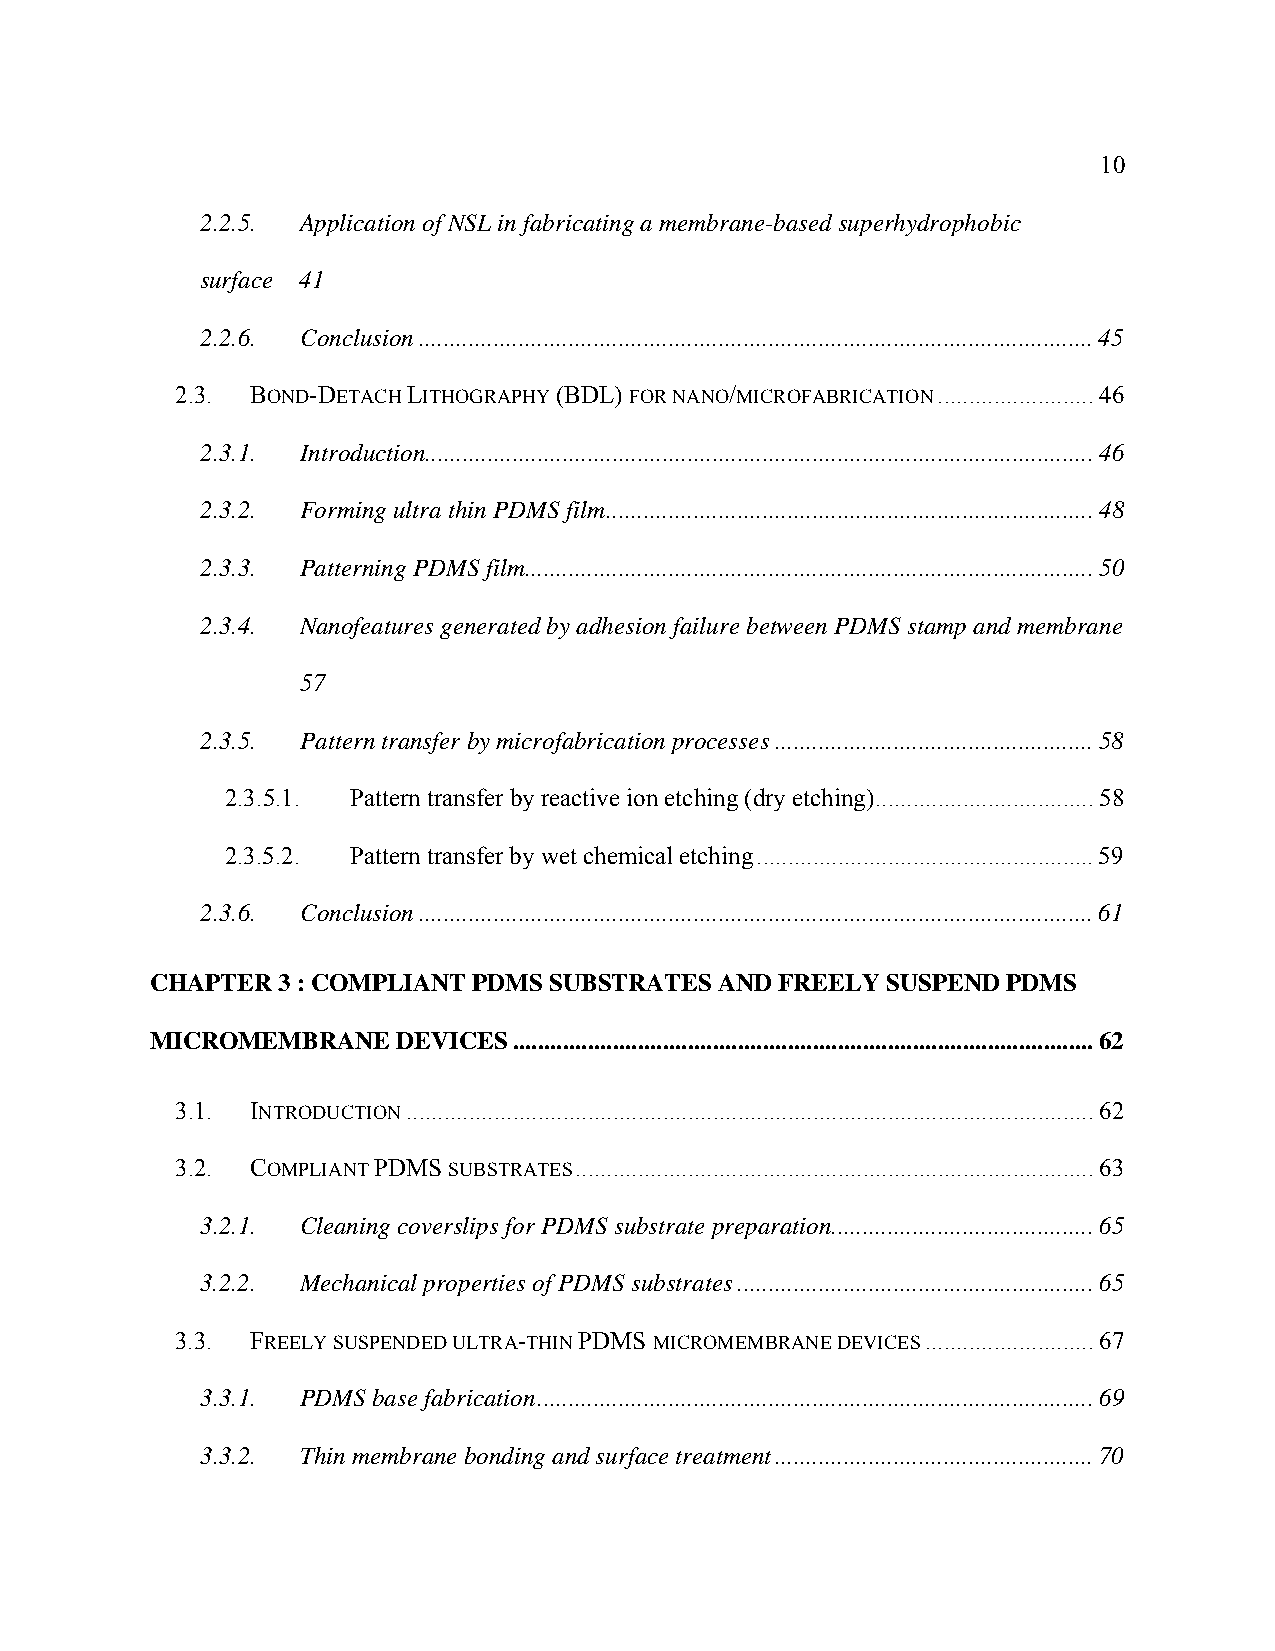
10
 2.2.5. Application of NSL in fabricating a membrane-based superhydrophobic
 surface 41
 2.2.6. Conclusion............................................................................................................45
 2.3. BOND-DETACH LITHOGRAPHY (BDL) FOR NANO/MICROFABRICATION.........................46
 2.3.1. Introduction...........................................................................................................46
 2.3.2. Forming ultra thin PDMS film..............................................................................48
 2.3.3. Patterning PDMS film...........................................................................................50
 2.3.4. Nanofeatures generated by adhesion failure between PDMS stamp and membrane
 57
 2.3.5. Pattern transfer by microfabrication processes...................................................58
 2.3.5.1. Pattern transfer by reactive ion etching (dry etching)...................................58
 2.3.5.2. Pattern transfer by wet chemical etching......................................................59
 2.3.6. Conclusion............................................................................................................61
 CHAPTER 3 : COMPLIANT PDMS SUBSTRATES AND FREELY SUSPEND PDMS
 MICROMEMBRANE   DEVICES.............................................................................................62
 3.1. INTRODUCTION..............................................................................................................62
 3.2. COMPLIANT PDMS SUBSTRATES...................................................................................63
 3.2.1. Cleaning coverslips for PDMS substrate preparation..........................................65
 3.2.2. Mechanical properties of PDMS substrates.........................................................65
 3.3. FREELY SUSPENDED ULTRA-THIN PDMS MICROMEMBRANE DEVICES...........................67
 3.3.1. PDMS base fabrication.........................................................................................69
 3.3.2. Thin membrane bonding and surface treatment...................................................70